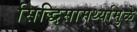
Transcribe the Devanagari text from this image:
सिद्धिसामर्थ्यामुळे